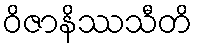
ဝိဇာနိဿသီတိ